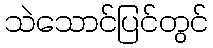
သဲသောင်ပြင်တွင်